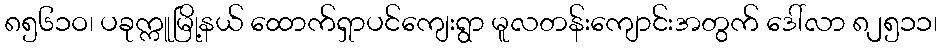
၈၅၆၁ဝ၊ ပခုက္ကူမြို့နယ် ထောက်ရှာပင်ကျေးရွာ မူလတန်းကျောင်းအတွက် ဒေါ်လာ ၈၂၅၁၁၊